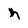
Character: h